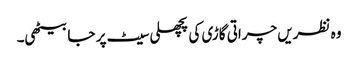
وہ نظریں چراتی گاڑی کی پچھلی سیٹ پر جا بیٹھی۔